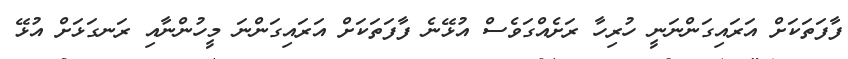
ފާފަތަކަށް އަރައިގަންނަނީ ހުރިހާ ރަށެއްގަވެސް އުޅޭނެ ފާފަތަކަށް އަރައިގަންނަ މީހުންނާއި ރަނގަޅަށް އުޅޭ